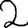
Digit: 2